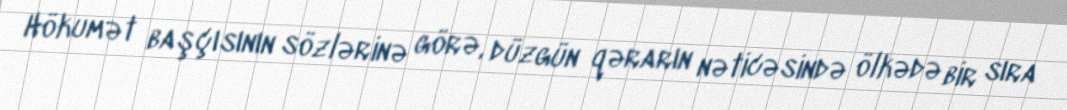
Hökumət başçısının sözlərinə görə, düzgün qərarın nəticəsində ölkədə bir sıra